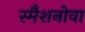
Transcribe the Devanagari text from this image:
स्मैशनोवा